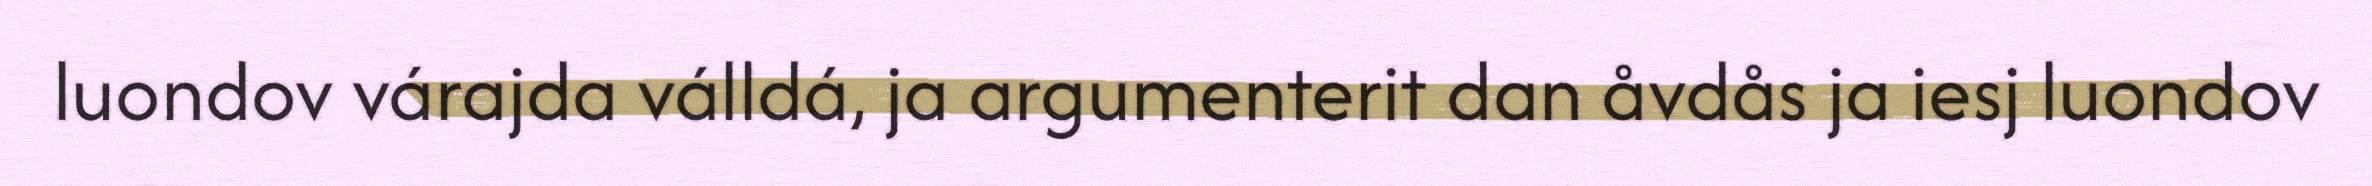
luondov várajda válldá, ja argumenterit dan åvdås ja iesj luondov